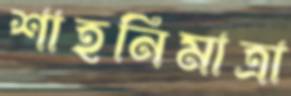
শাহনিমাত্রা